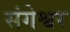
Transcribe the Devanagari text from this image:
संगेश्वर